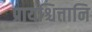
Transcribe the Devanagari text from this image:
प्रायश्चित्तानि